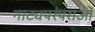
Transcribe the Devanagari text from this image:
नाट्यपरंपराओं